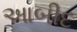
આબીદ